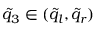
\tilde { q } _ { 3 } \in ( \tilde { q } _ { l } , \tilde { q } _ { r } )